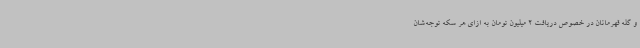
و گله قهرمانان در خصوص دریافت 2 میلیون تومان به ازای هر سکه توجه‌شان